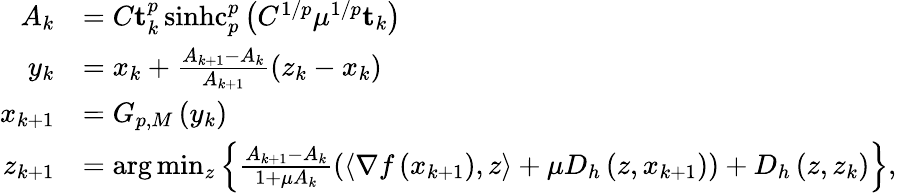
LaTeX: \begin{array}{rl}{A_{k}}&{=C\mathbf{t}_{k}^{p}\operatorname{sinhc}_{p}^{p}\left(C^{1/p}\mu^{1/p}\mathbf{t}_{k}\right)}\\ {y_{k}}&{=x_{k}+\frac{A_{k+1}-A_{k}}{A_{k+1}}\left(z_{k}-x_{k}\right)}\\ {x_{k+1}}&{=G_{p,M}\left(y_{k}\right)}\\ {z_{k+1}}&{=\arg\operatorname*{min}_{z}\left\{ \frac{A_{k+1}-A_{k}}{1+\mu A_{k}}\left(\left\langle\nabla f\left(x_{k+1}\right),z\right\rangle+\mu D_{h}\left(z,x_{k+1}\right)\right)+D_{h}\left(z,z_{k}\right)\right\} ,}\end{array}